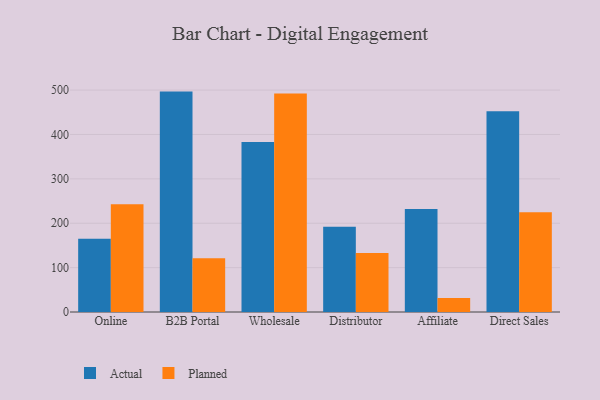
{"axis": {"x": "Channel", "y": "Waste Production (Tons)"}, "legend": ["Actual", "Planned"], "data": [{"x": "Online", "y": 164.8, "type": "Actual"}, {"x": "Online", "y": 242.7, "type": "Planned"}, {"x": "B2B Portal", "y": 496.6, "type": "Actual"}, {"x": "B2B Portal", "y": 121.0, "type": "Planned"}, {"x": "Wholesale", "y": 383.2, "type": "Actual"}, {"x": "Wholesale", "y": 492.6, "type": "Planned"}, {"x": "Distributor", "y": 192.0, "type": "Actual"}, {"x": "Distributor", "y": 132.7, "type": "Planned"}, {"x": "Affiliate", "y": 232.3, "type": "Actual"}, {"x": "Affiliate", "y": 31.5, "type": "Planned"}, {"x": "Direct Sales", "y": 452.3, "type": "Actual"}, {"x": "Direct Sales", "y": 224.8, "type": "Planned"}]}